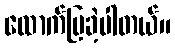
ထောက်ပြခဲ့ပါတယ်။